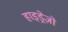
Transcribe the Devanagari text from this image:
हाइड्रेज़ो